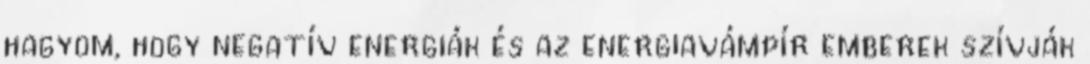
hagyom, hogy negatív energiák és az energiavámpír emberek szívják